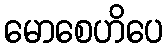
မောစေဟိပေ